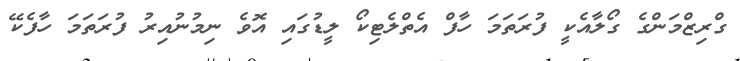
ގްރިޒްމަންގެ ގޯލާއެކީ ފުރަތަމަ ހާފް އެތްލެޓިކޯ ލީޑުގައި އޮވެ ނިމުނުއިރު ފުރަތަމަ ހާފެކޭ